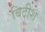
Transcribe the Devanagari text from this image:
बिटीश